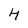
Character: 4